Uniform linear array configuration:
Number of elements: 8
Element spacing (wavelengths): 0.25
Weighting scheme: hamming
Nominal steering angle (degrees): -30
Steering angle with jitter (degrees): -28.916
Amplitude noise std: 0.05
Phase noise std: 0.05

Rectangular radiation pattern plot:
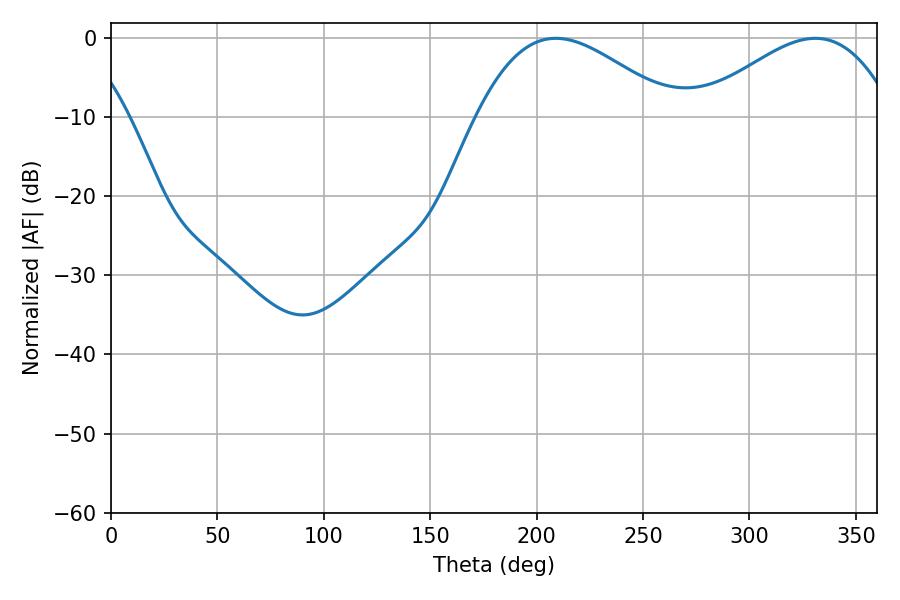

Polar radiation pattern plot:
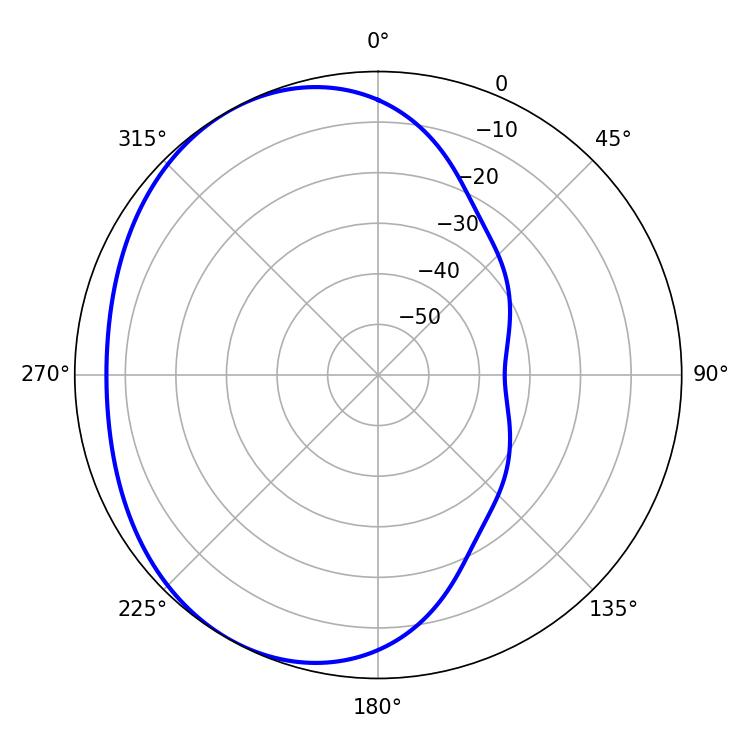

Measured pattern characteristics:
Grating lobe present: FALSE
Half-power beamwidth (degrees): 49.86
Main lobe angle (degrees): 208.98